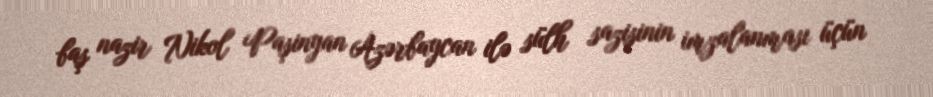
baş nazir Nikol Paşinyan Azərbaycan ilə sülh sazişinin imzalanması üçün